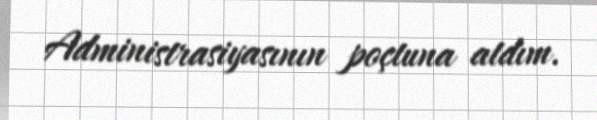
Administrasiyasının poçtuna atdım.